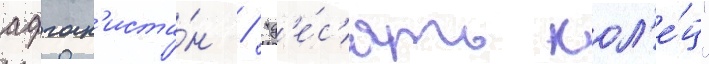
афган'иста́н / "д'е́с'ять кол'е́ц"